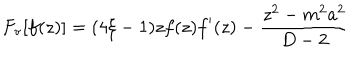
F _ { \mathrm { v } } [ f ( z ) ] = ( 4 \xi - 1 ) z f ( z ) f ^ { \prime } ( z ) - \frac { z ^ { 2 } - m ^ { 2 } a ^ { 2 } } { D - 2 }